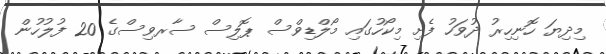
މިދިޔަ ހޮނިހިރު ދުވަހު ފެށި މިކޯހުގައި މޯލްޑިވްސް ޕޮލިސް ސާރވިސްގެ 20 ފުލުހުން